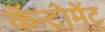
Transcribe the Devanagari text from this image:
कॅन्टोमेंट